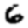
Digit: 6